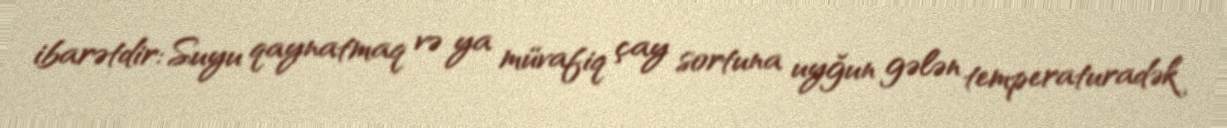
ibarətdir: Suyu qaynatmaq və ya müvafiq çay sortuna uyğun gələn temperaturadək